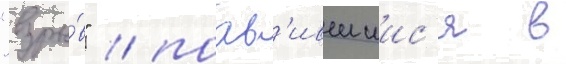
"взры́в" / поав'ившиис'я в